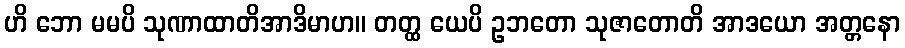
ဟိ ဘော မမပိ သုဏာထာတိအာဒိမာဟ။ တတ္ထ ယေပိ ဥဘတော သုဇာတောတိ အာဒယော အတ္တနော